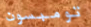
تومبسون